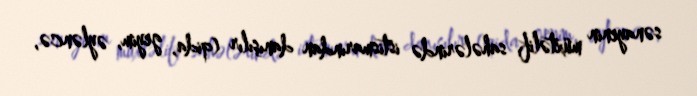
sənayenin müxtəlif sahələrində istismarından danışılır (qida, geyim, əyləncə,